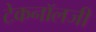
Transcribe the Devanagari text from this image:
टेकनॉलजी